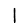
Digit: 1